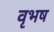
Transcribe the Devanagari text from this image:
वृभष